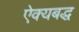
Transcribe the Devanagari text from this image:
ऐक्यबद्ध